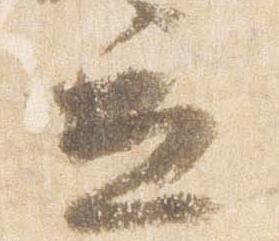
立